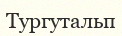
Тургутальп